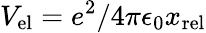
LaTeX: V_{{\mathrm{el}}}=e^{2}/4\pi\epsilon_{0}x_{\mathrm{rel}}